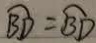
\widehat { B D } = \widehat { B D }